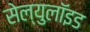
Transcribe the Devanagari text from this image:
सेल्युलॉइड